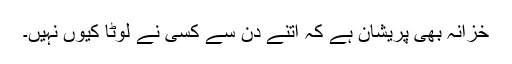
خزانہ بھی پریشان ہے کہ اتنے دن سے کسی نے لوٹا کیوں نہیں۔